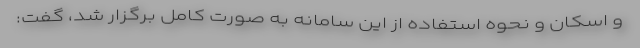
و اسکان و نحوه استفاده از این سامانه به صورت کامل برگزار شد، گفت: